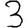
Digit: 3